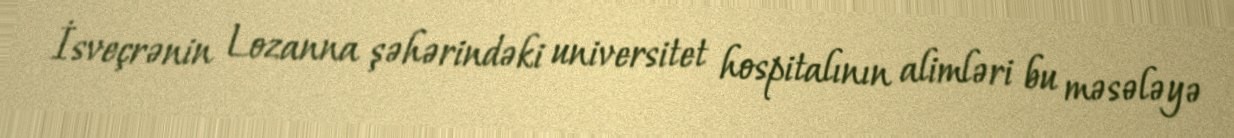
İsveçrənin Lozanna şəhərindəki universitet hospitalının alimləri bu məsələyə